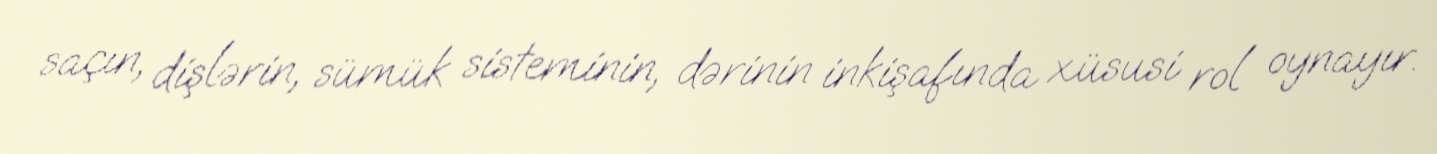
saçın, dişlərin, sümük sisteminin, dərinin inkişafında xüsusi rol oynayır.